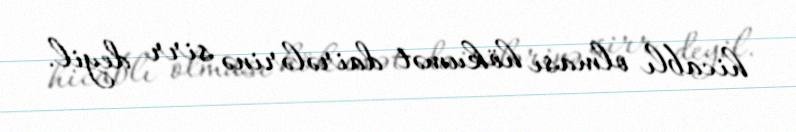
hicablı olması hökumət dairələrinə sirr deyil.